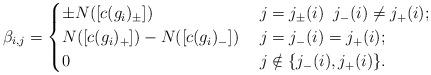
LaTeX: \begin{align*} \beta_{i,j} = \begin{cases} \pm N([c(g_i)_{\pm}]) & \; j = j_{\pm}(i) \; \; j_{-}(i) \not= j_{+}(i); \\ N([c(g_i)_{+}]) - N([c(g_i)_{-}]) & \; j = j_{-}(i) = j_{+}(i); \\ 0 & \; j \notin \{ j_{-}(i), j_{+}(i)\}. \end{cases} \end{align*}